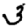
Digit: 3